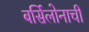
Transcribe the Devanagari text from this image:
बर्सिलोनाची